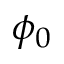
\phi _ { 0 }